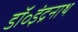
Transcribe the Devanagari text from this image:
डॉ॰इंद्रनाथ